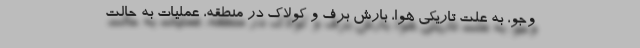
وجو، به علت تاریکی هوا، بارش برف و کولاک در منطقه، عملیات به حالت